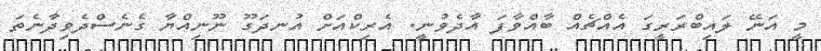
މީ އަނޭ ލައިބްރަރީގަ އެއްޗެއް ބާއްވާފަ އާދެވުނީ. އެރިކްއަށް އުނދަގޫ ނޫނިއްްޔާ ގެނެސްދެވިދާނެތަ